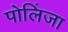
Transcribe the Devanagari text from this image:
पोलिंजा